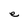
Character: e